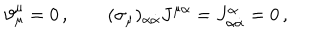
\vartheta _ { \mu } ^ { \mu } = 0 \, , \qquad ( \sigma _ { \mu } ) _ { \alpha \dot { \alpha } } J ^ { \mu \alpha } = J _ { \alpha \dot { \alpha } } ^ { \alpha } = 0 \, ,